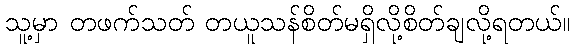
သူ့မှာ တဖက်သတ် တယူသန်စိတ်မရှိလို့စိတ်ချလို့ရတယ်။